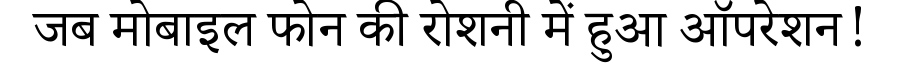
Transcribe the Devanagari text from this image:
जब मोबाइल फोन की रोशनी में हुआ ऑपरेशन!